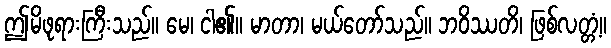
ဤမိဖုရားကြီးသည်။ မေ၊ ငါ၏။ မာတာ၊ မယ်တော်သည်။ ဘဝိဿတိ၊ ဖြစ်လတ္တံ့။